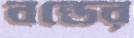
বন্ডের